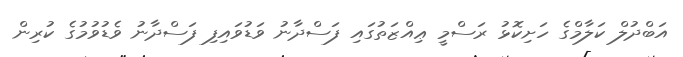
އަބްދުލް ކަލާމްގެ ހަށިކޮޅު ރަސްމީ ޢިއްޒަތުގައި ފަސްދާނު ވަޑުވައިފި ފަސްދާނު ވެޑުވުމުގެ ކުރިން